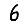
Digit: 6